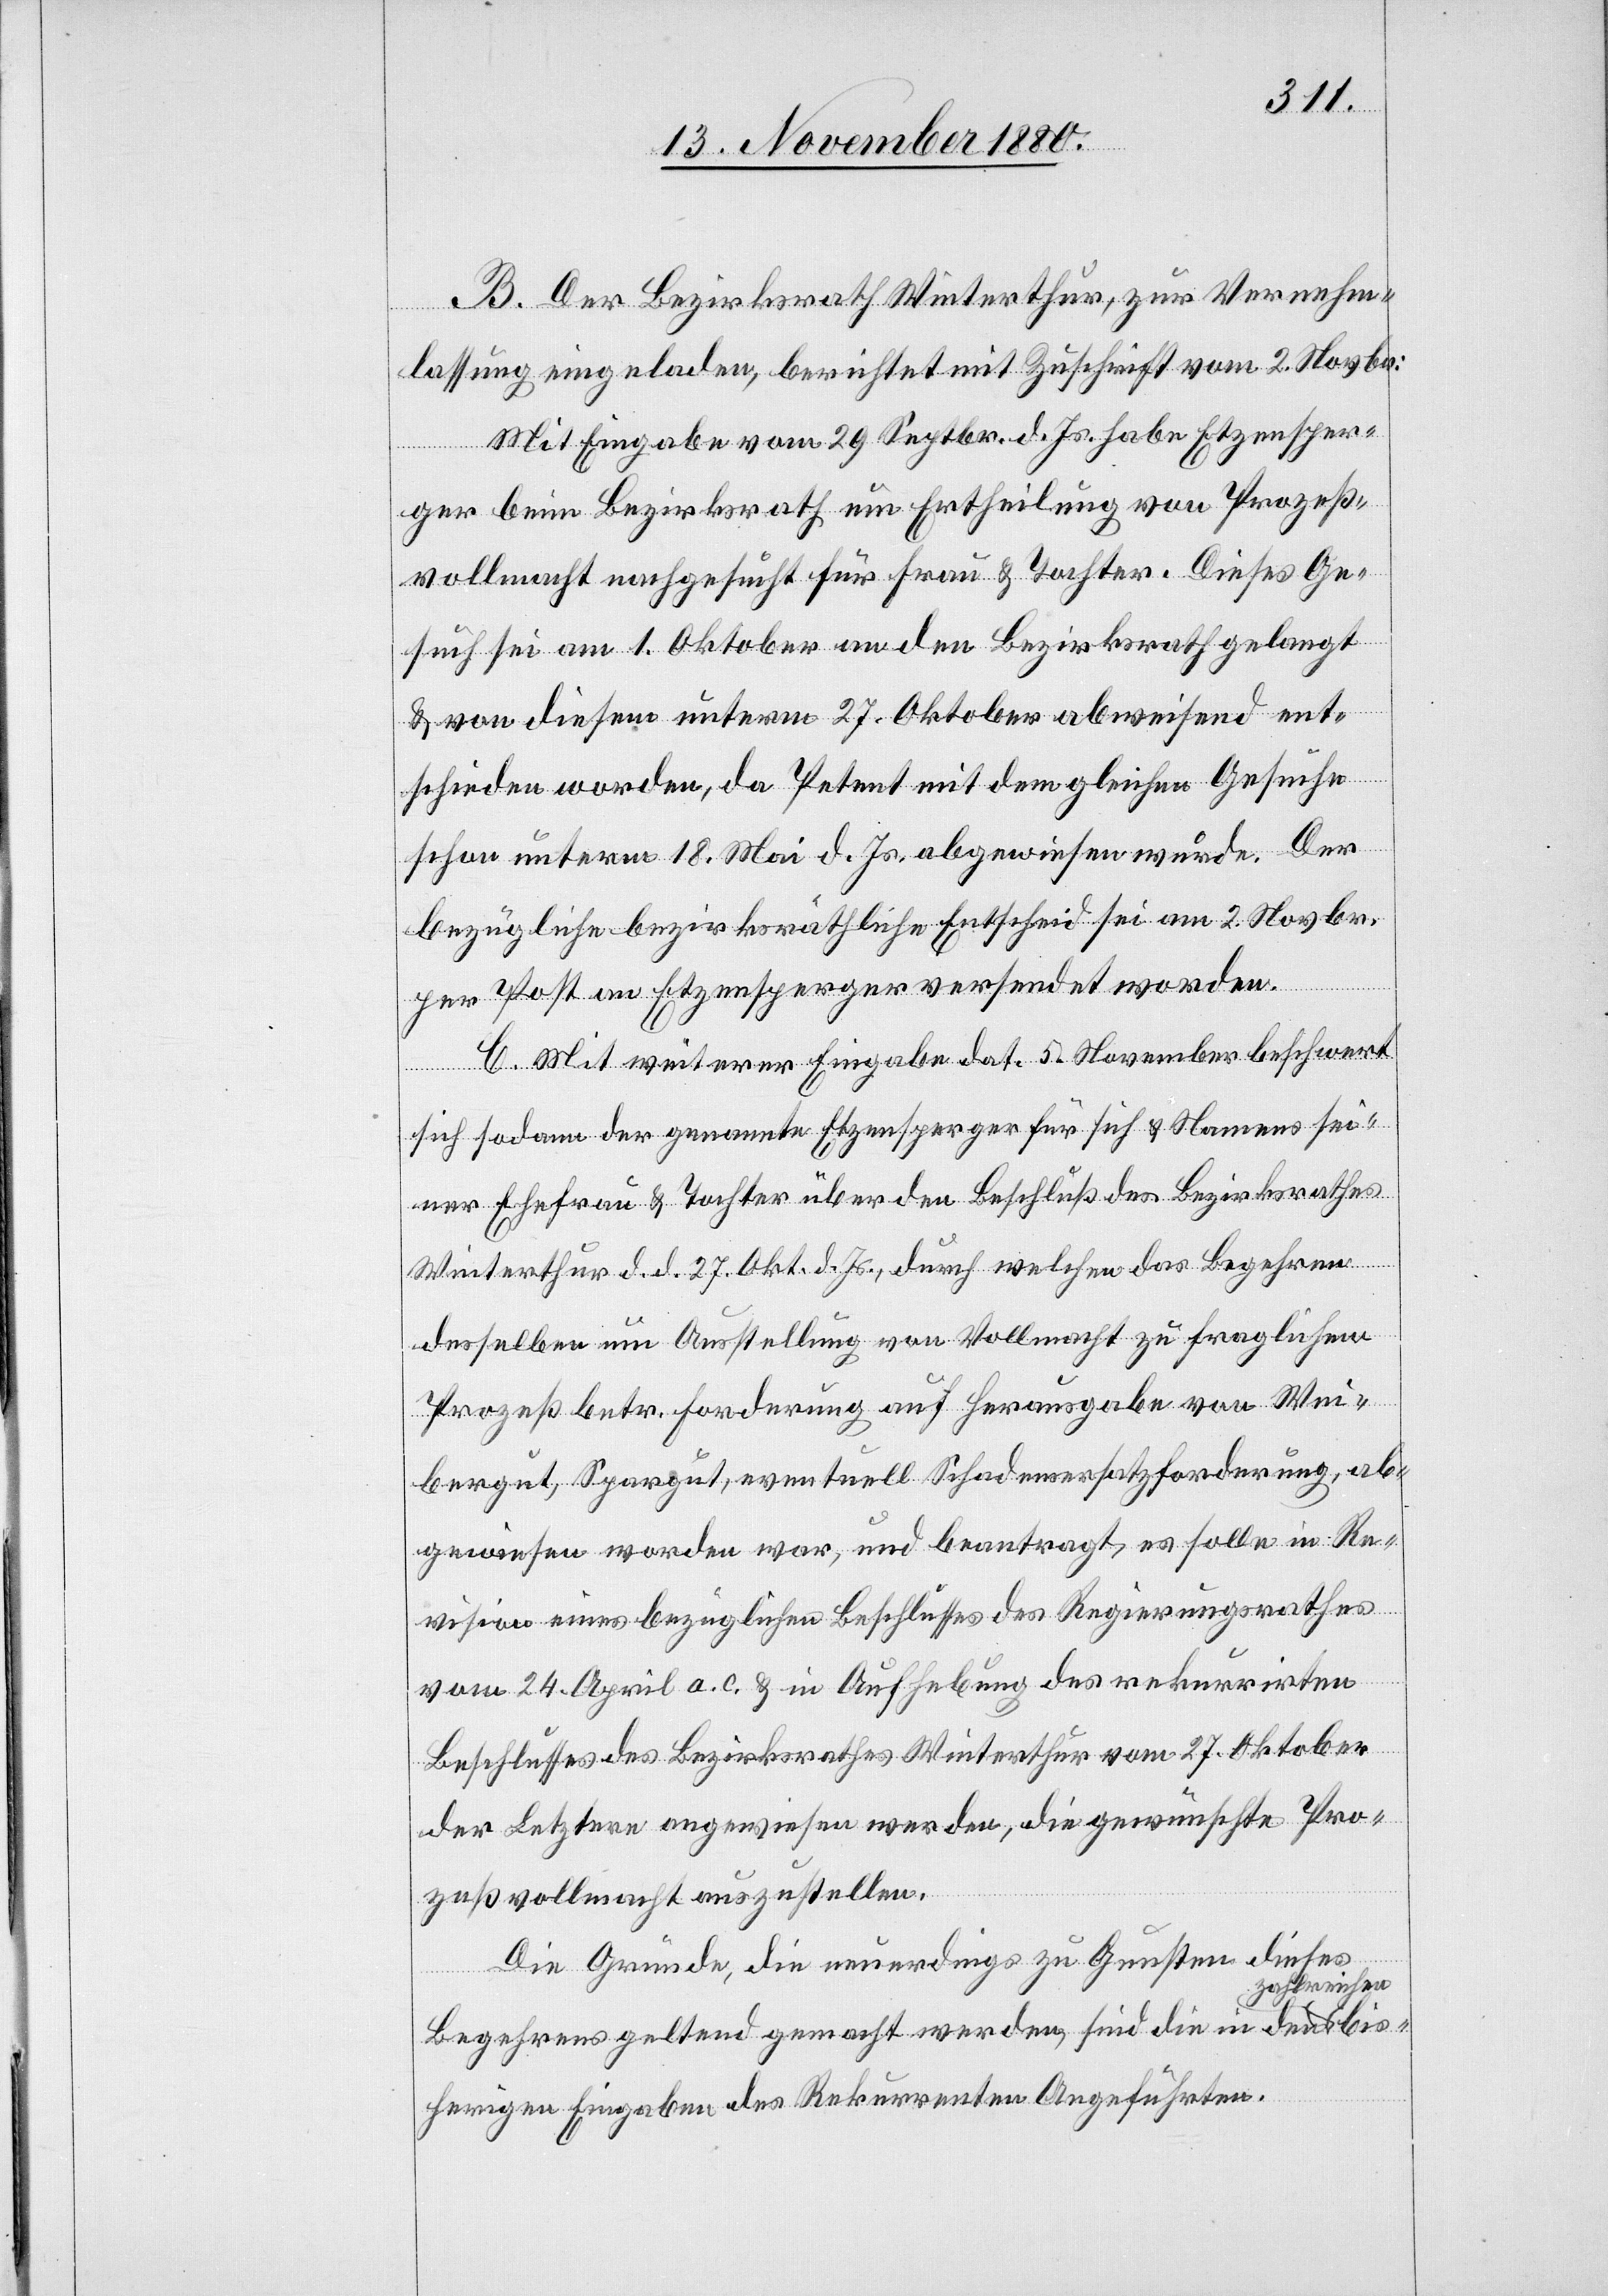
B. Der Bezirksrath Winterthur, zur Vernehm¬
lassung eingeladen, berichtet mit Zuschrift vom 2. Novbr:
Mit Eingabe vom 29. Septbr. d. Js. habe Etzensper¬
ger beim Bezirksrath um Ertheilung von Prozeß¬
vollmacht nachgesucht für Frau & Tochter. Dieses Ge¬
such sei am 1. Oktober an den Bezirksrath gelangt
bis¬
& von diesem unterm 27. Oktober abweisend ent¬
schieden worden, da Petent mit dem gleichen Gesuche
schon unterm 18. Mai d. Js. abgewiesen wurde. Der
bezügliche bezirksräthliche Entscheid sei am 2. Novbr.
per Post an Etzensperger versendet worden.
C. Mit weiterer Eingabe dat. 5. November beschwert
sich sodann der genannte Etzensperger für sich & Namens sei¬
ner Ehefrau & Tochter über den Beschluß des Bezirksrathes
Winterthur d. d. 27. Okt. d. Js., durch welchen das Begehren
desselben um Ausstellung von Vollmacht zu fraglichem
Prozeß betr. Forderung auf Herausgabe von Wei¬
bergut, Spargut, eventuell Schadensersatzforderung, ab¬
gewiesen worden war, und beantragt, es solle in Re¬
vision eines bezügliche Beschlusses des Regierungsrathes
vom 24. April a. c. & in Aufhebung des rekurrirten
Beschlusses des Bezirksrathes Winterthur vom 27. Oktober
der Letztere angewiesen werden, die gewünschte Pro¬
zeßvollmacht auszustellen.
Die Gründe, die neuerdings zu Gunsten dieses
zahlreichen
Begehrens geltend gemacht werden, sind die in den
herigen Eingaben des Rekurrenten Angeführten.